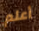
أعلم